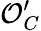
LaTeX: {\mathcal{O}}_{C}^{\prime}